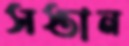
সস্তান